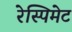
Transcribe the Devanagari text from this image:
रेस्पिमेट